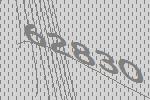
62830